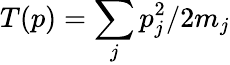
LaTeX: T(p)=\sum_{j}p_{j}^{2}/2m_{j}